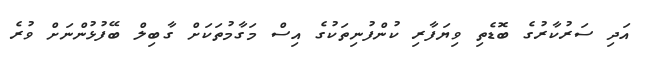
އަދި ސަރުކާރުގެ ބޮޑެތި ވިޔަފާރި ކުންފުނިތަކުގެ އިސް މަގާމުތަކަށް ގާބިލް ބޭފުޅުންނަށް ވުރެ